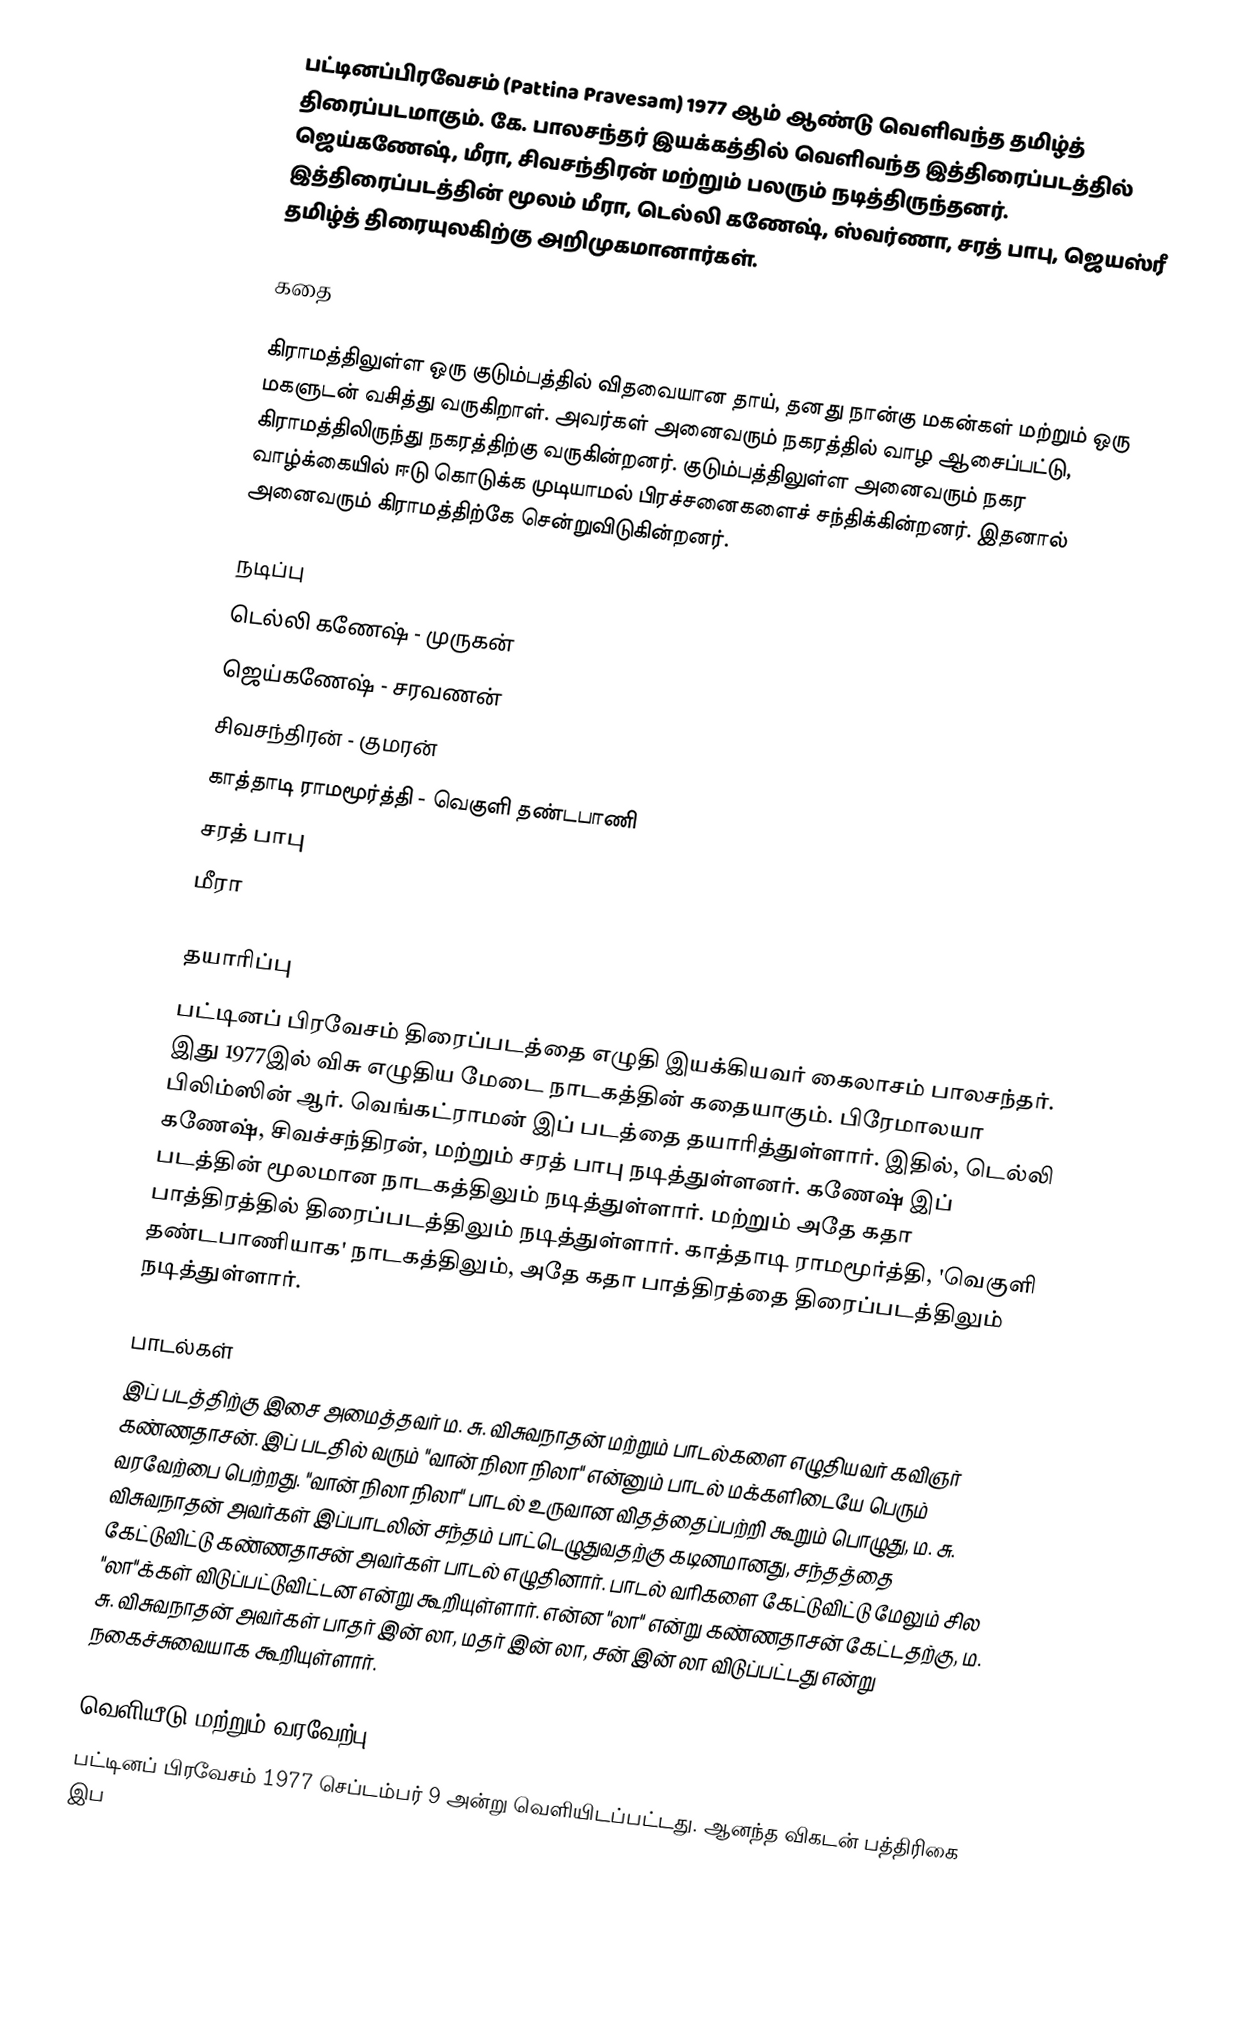
பட்டினப்பிரவேசம் (Pattina Pravesam) 1977 ஆம் ஆண்டு வெளிவந்த தமிழ்த் திரைப்படமாகும். கே. பாலசந்தர் இயக்கத்தில் வெளிவந்த இத்திரைப்படத்தில் ஜெய்கணேஷ், மீரா, சிவசந்திரன் மற்றும் பலரும் நடித்திருந்தனர். இத்திரைப்படத்தின் மூலம் மீரா, டெல்லி கணேஷ், ஸ்வர்ணா, சரத் பாபு, ஜெயஸ்ரீ தமிழ்த் திரையுலகிற்கு அறிமுகமானார்கள்.

கதை

கிராமத்திலுள்ள ஒரு குடும்பத்தில் விதவையான தாய், தனது நான்கு மகன்கள் மற்றும் ஒரு மகளுடன் வசித்து வருகிறாள். அவர்கள் அனைவரும் நகரத்தில் வாழ ஆசைப்பட்டு, கிராமத்திலிருந்து நகரத்திற்கு வருகின்றனர். குடும்பத்திலுள்ள அனைவரும் நகர வாழ்க்கையில் ஈடு கொடுக்க முடியாமல் பிரச்சனைகளைச் சந்திக்கின்றனர்.   இதனால் அனைவரும் கிராமத்திற்கே சென்றுவிடுகின்றனர்.

நடிப்பு
 டெல்லி கணேஷ் - முருகன்
 ஜெய்கணேஷ் - சரவணன்
 சிவசந்திரன் - குமரன்
 காத்தாடி ராமமூர்த்தி - வெகுளி தண்டபாணி
 சரத் பாபு
 மீரா

தயாரிப்பு
பட்டினப் பிரவேசம் திரைப்படத்தை எழுதி இயக்கியவர் கைலாசம் பாலசந்தர். இது 1977இல் விசு எழுதிய மேடை நாடகத்தின் கதையாகும். பிரேமாலயா பிலிம்ஸின் ஆர். வெங்கட்ராமன் இப் படத்தை தயாரித்துள்ளார். இதில், டெல்லி கணேஷ், சிவச்சந்திரன், மற்றும் சரத் பாபு நடித்துள்ளனர். கணேஷ் இப் படத்தின் மூலமான நாடகத்திலும் நடித்துள்ளார். மற்றும் அதே கதா பாத்திரத்தில் திரைப்படத்திலும் நடித்துள்ளார். காத்தாடி ராமமூர்த்தி, 'வெகுளி தண்டபாணியாக' நாடகத்திலும், அதே கதா பாத்திரத்தை திரைப்படத்திலும் நடித்துள்ளார்.

பாடல்கள்
இப் படத்திற்கு இசை அமைத்தவர் ம. சு. விசுவநாதன் மற்றும் பாடல்களை எழுதியவர் கவிஞர் கண்ணதாசன். இப் படதில் வரும் "வான் நிலா நிலா" என்னும் பாடல் மக்களிடையே பெரும் வரவேற்பை பெற்றது. "வான் நிலா நிலா" பாடல் உருவான விதத்தைப்பற்றி கூறும் பொழுது, ம. சு. விசுவநாதன் அவர்கள் இப்பாடலின் சந்தம் பாட்டெழுதுவதற்கு கடினமானது, சந்தத்தை கேட்டுவிட்டு கண்ணதாசன் அவர்கள் பாடல் எழுதினார். பாடல் வரிகளை கேட்டுவிட்டு மேலும் சில "லா"க்கள் விடுப்பட்டுவிட்டன என்று கூறியுள்ளார். என்ன "லா" என்று கண்ணதாசன் கேட்டதற்கு, ம. சு. விசுவநாதன் அவர்கள் பாதர் இன் லா, மதர் இன் லா, சன் இன் லா விடுப்பட்டது என்று நகைச்சுவையாக கூறியுள்ளார்.

வெளியீடு மற்றும் வரவேற்பு
பட்டினப் பிரவேசம் 1977 செப்டம்பர் 9 அன்று வெளியிடப்பட்டது. ஆனந்த விகடன் பத்திரிகை இப